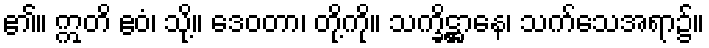
၏။ ဣတိ ဧဝံ၊ သို့။ ဒေဝတာ၊ တို့ကို။ သက္ခိဋ္ဌာနေ၊ သက်သေအရာ၌။